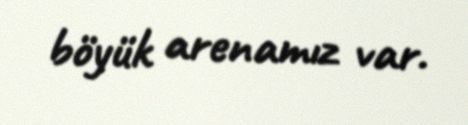
böyük arenamız var.